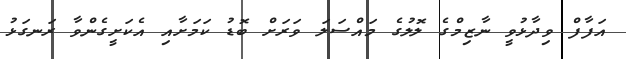
އަފާފް ވިދާޅުވީ ނާޒިމްގެ ލޮލުގެ މައްސަލަ ވަރަށް ބޮޑު ކަމަށާއި އެކަށީގެންވާ ރަނގަޅު